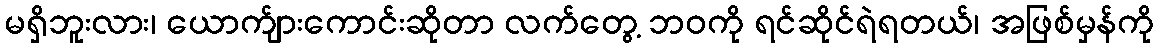
မရှိဘူးလား၊ ယောက်ျားကောင်းဆိုတာ လက်တွေ့ ဘဝကို ရင်ဆိုင်ရဲရတယ်၊ အဖြစ်မှန်ကို